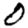
Digit: 0